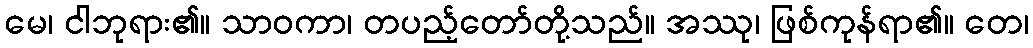
မေ၊ ငါဘုရား၏။ သာဝကာ၊ တပည့်တော်တို့သည်။ အဿု၊ ဖြစ်ကုန်ရာ၏။ တေ၊